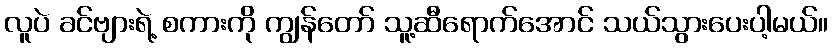
လူပဲ ခင်ဗျားရဲ့ စကားကို ကျွန်တော် သူ့ဆီရောက်အောင် သယ်သွားပေးပါ့မယ်။